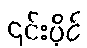
၎င်းပိုင်